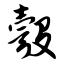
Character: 彀